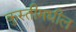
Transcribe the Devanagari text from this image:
कुस्तीमधील